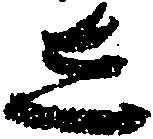
し